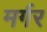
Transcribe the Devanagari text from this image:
मर्गर